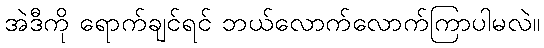
အဲဒီကို ရောက်ချင်ရင် ဘယ်လောက်လောက်ကြာပါမလဲ။